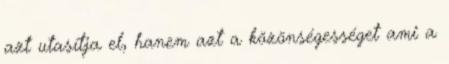
azt utasítja el, hanem azt a közönségességet ami a